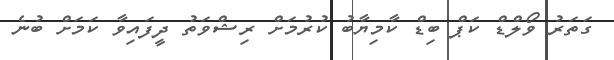
ގަތަރު ވޯލްޑް ކަޕް ބިޑް ކާމިޔާބު ކުރުމަށް ރިޝްވަތު ދީފައިވާ ކަމަށް ބުނެ